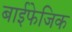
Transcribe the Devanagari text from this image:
बाईफेजिक